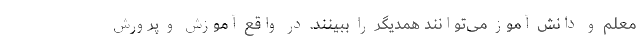
معلم و دانش آموز می‌توانند همدیگر را ببینند. در واقع آموزش و پرورش